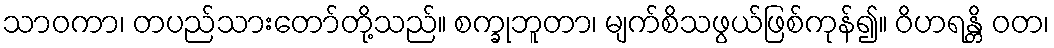
သာဝကာ၊ တပည်သားတော်တို့သည်။ စက္ခုဘူတာ၊ မျက်စိသဖွယ်ဖြစ်ကုန်၍။ ဝိဟရန္တိ ဝတ၊